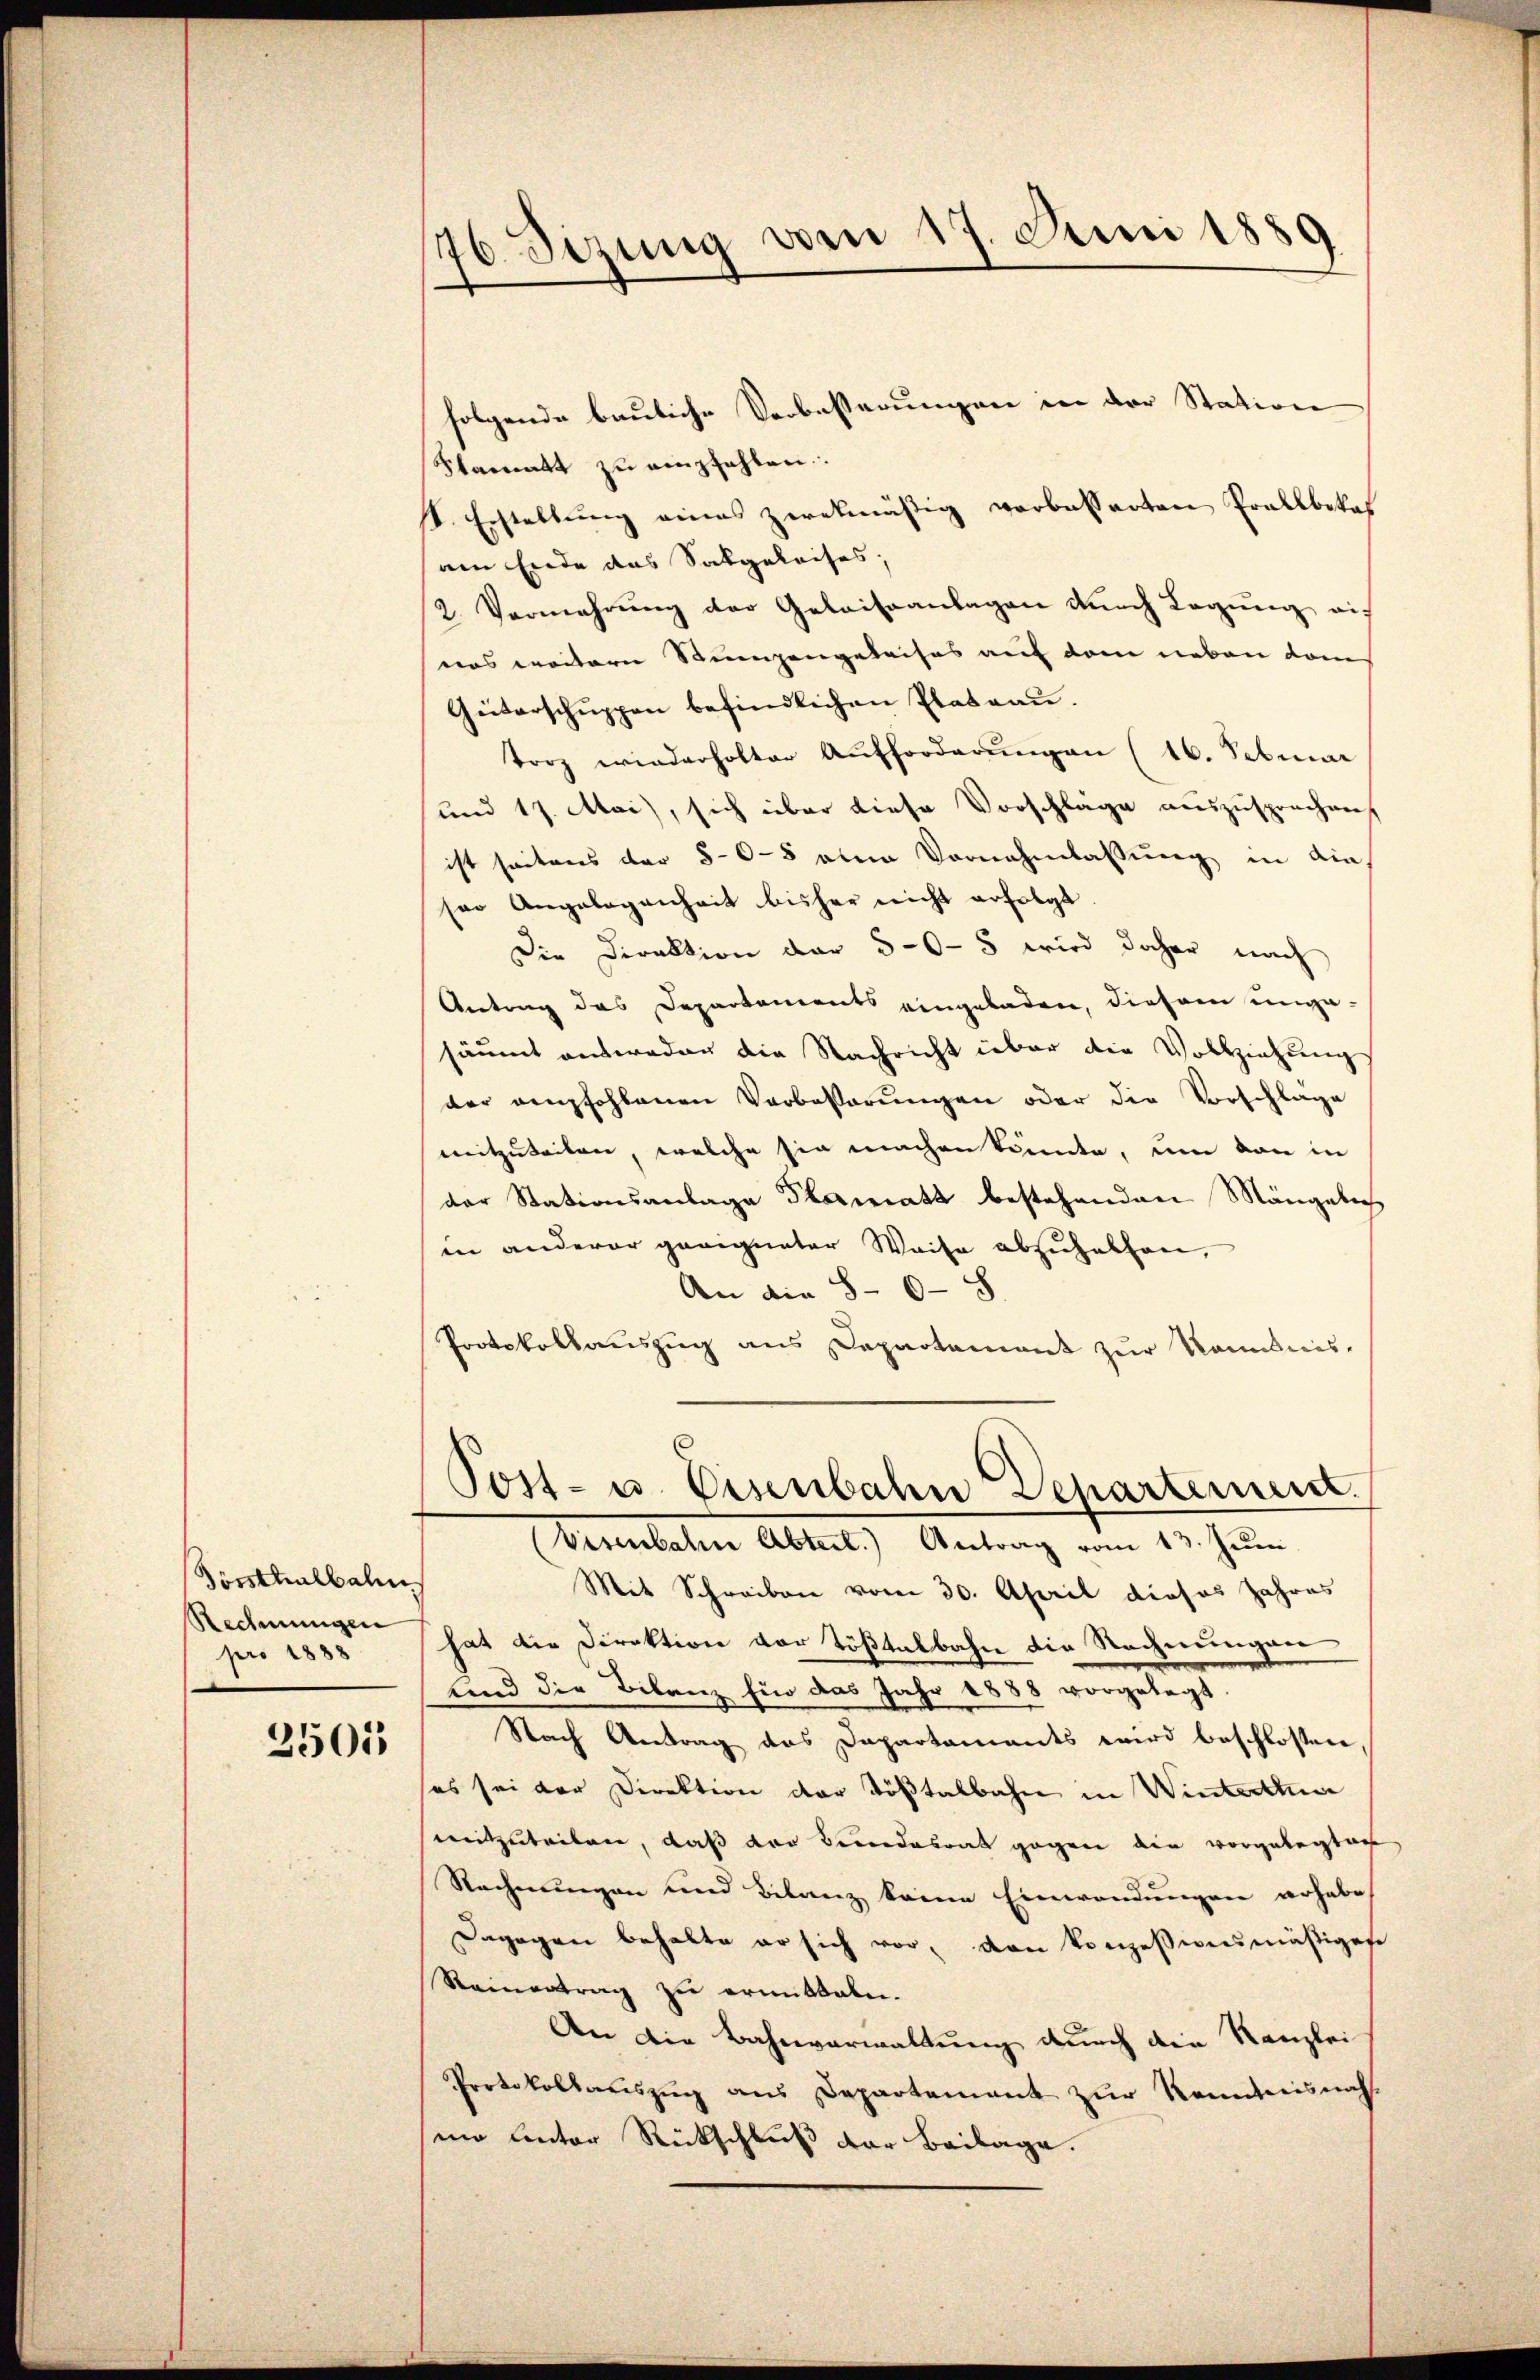
Vorsthalbahn
Rechnungen
pro 1888

3505

176. Sizung vom 17. Juni 1889

folgende bauliche Verbesserungen in der Station
Slamatt zu empfehlen.
h. Erstellŭng eines zwekmäßig verbesserten Prollbekaf
am Ende das Sakgeleises;
2. Vermehrung der Geleiseanlagen durch Legung eieos weitern Stumpengeleises auf dem neben dams
Geiterschuppen befindlichen Plateau.
torz wiederholter Aufforderŭngen (16. Februar
und 17. Mai, sich über diese Vorschläge auszusprochen,
ist seitens der 5-6-8 aten Vornahmlassung in die
ser Angelegenheit bisher nicht erfolgt
Die Direktion der 5-6 - 8 wird daher nach
Antrag das Departements eingeladen, diesem ungasäumt antweden die Nachricht über die Vollziehung
der empfohlenen Verbeßerungen oder die Vorschlage
mitzuteilen, welche sie machen könnte, um von in
der Stationsanlage Formatt bestehenden Mängelie
in anderer geeigneter Weise abzuhalten,
An die 8 - 6 - 8
Protokollauszug aus Departament zur Nominis-
Post- u. Eisenbahne Departement.
Visenbahne Abteil.) Antrag vom 13. Juni
Mit Schreiben vom 30. April dieses Jahres
hat die Direktion vor Tößtalbahn die Rechnungen
und die Bilanz für das Jahr 1888 vorgelegt.
Nach Antrag das Dapartaments wird beschlossen
sos sei der Direktion der Tößtalbahn in Winterthun
mitzuteilen, daß der Bedendesrat gegen die vorgelegten
Rechnungen und Bilanz keine Einwendungen wohabe
Dagegen behalte er sich vor, den konzessionsmäßigese
Reinertrag zu ermittalen.
An die Bahnverwaltung durch die Kanzlei
Protokollauszug aus Departement zŭr Kenntnisnah
io unter Rückschluß der Beilage.